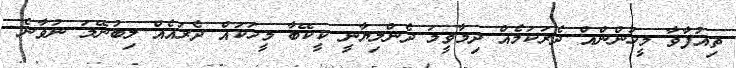
ތިއުފާވާ މީހުންންއް ދެރަކަމެއް ދިމާވީމަ ދެންލިޔާނީ ކީކޭބާ މީހަކައް ދެރައެއް ލިބުނޭމަ ނުވާނެ